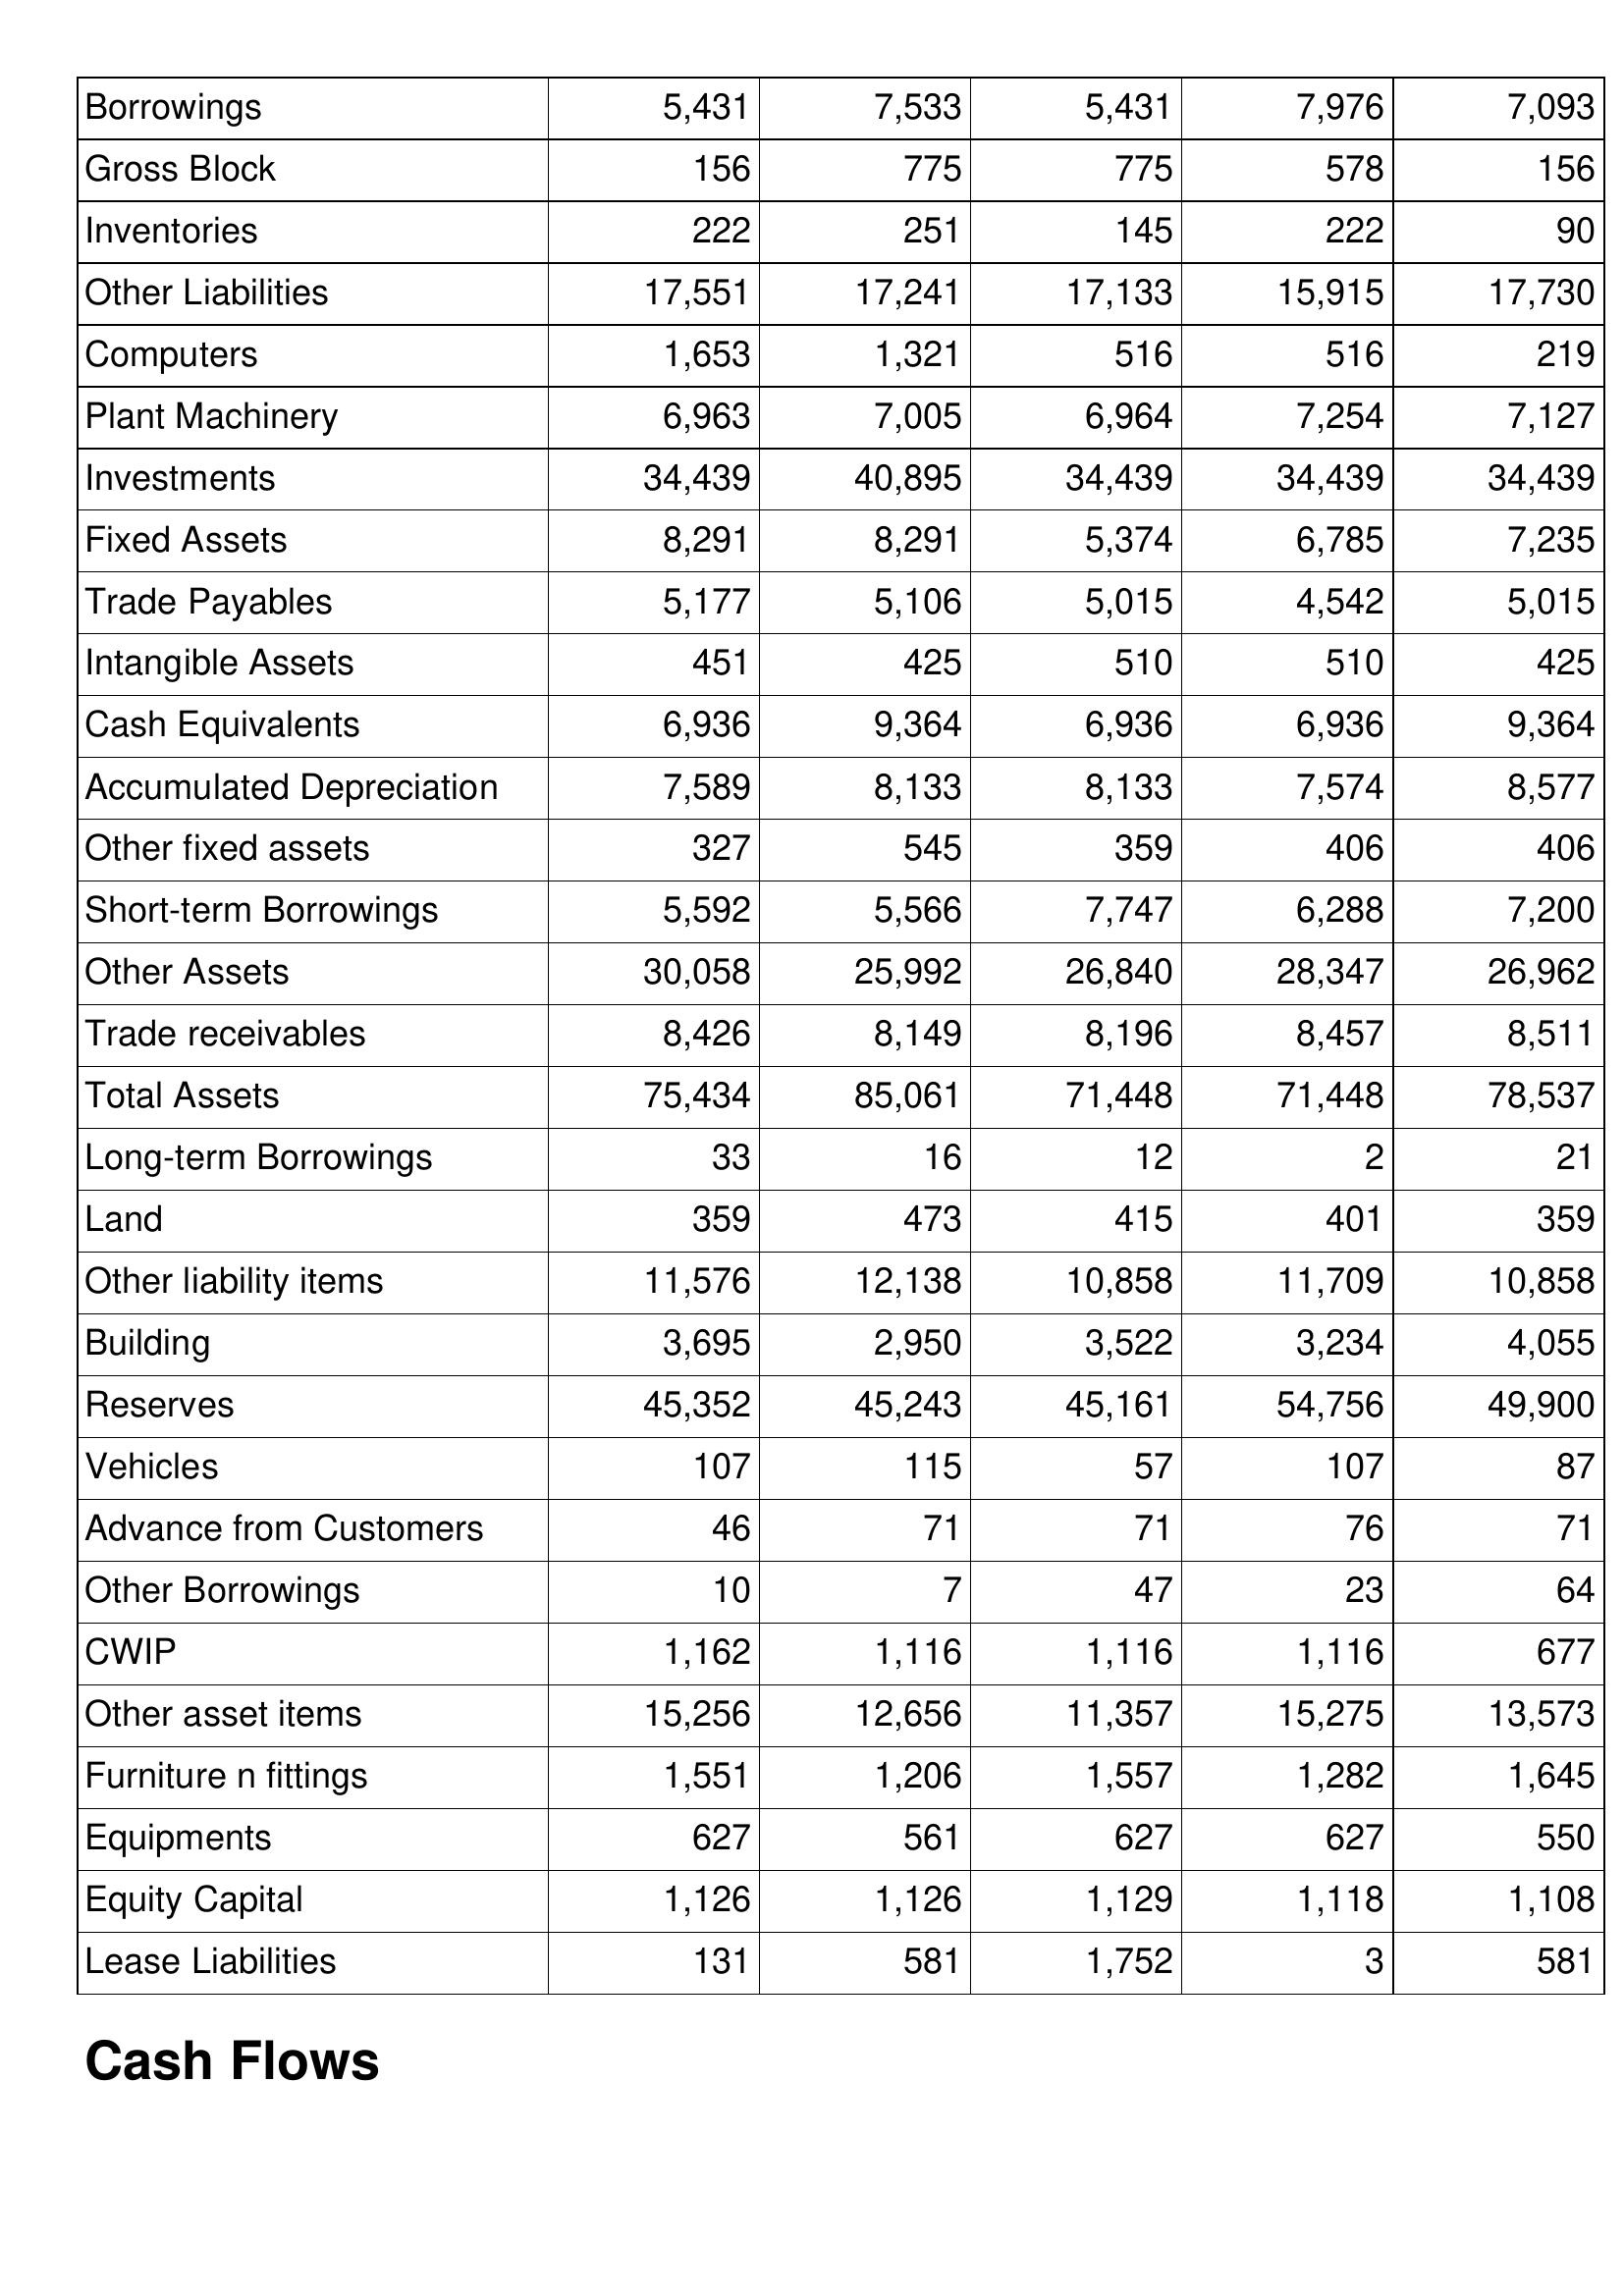
Feb-20: Balance Sheet: Borrowings: 5,431
Gross Block: 156
Inventories: 222
Other Liabilities: 17,551
Computers: 1,653
Plant Machinery: 6,963
Investments: 34,439
Fixed Assets: 8,291
Trade Payables: 5,177
Intangible Assets: 451
Cash Equivalents: 6,936
Accumulated Depreciation: 7,589
Other fixed assets: 327
Short-term Borrowings: 5,592
Other Assets: 30,058
Trade receivables: 8,426
Total Assets: 75,434
Long-term Borrowings: 33
Land: 359
Other liability items: 11,576
Building: 3,695
Reserves: 45,352
Vehicles: 107
Advance from Customers: 46
Other Borrowings: 10
CWIP: 1,162
Other asset items: 15,256
Furniture n fittings: 1,551
Equipments: 627
Equity Capital: 1,126
Lease Liabilities: 131
Feb-19: Balance Sheet: Borrowings: 7,533
Gross Block: 775
Inventories: 251
Other Liabilities: 17,241
Computers: 1,321
Plant Machinery: 7,005
Investments: 40,895
Fixed Assets: 8,291
Trade Payables: 5,106
Intangible Assets: 425
Cash Equivalents: 9,364
Accumulated Depreciation: 8,133
Other fixed assets: 545
Short-term Borrowings: 5,566
Other Assets: 25,992
Trade receivables: 8,149
Total Assets: 85,061
Long-term Borrowings: 16
Land: 473
Other liability items: 12,138
Building: 2,950
Reserves: 45,243
Vehicles: 115
Advance from Customers: 71
Other Borrowings: 7
CWIP: 1,116
Other asset items: 12,656
Furniture n fittings: 1,206
Equipments: 561
Equity Capital: 1,126
Lease Liabilities: 581
Feb-18: Balance Sheet: Borrowings: 5,431
Gross Block: 775
Inventories: 145
Other Liabilities: 17,133
Computers: 516
Plant Machinery: 6,964
Investments: 34,439
Fixed Assets: 5,374
Trade Payables: 5,015
Intangible Assets: 510
Cash Equivalents: 6,936
Accumulated Depreciation: 8,133
Other fixed assets: 359
Short-term Borrowings: 7,747
Other Assets: 26,840
Trade receivables: 8,196
Total Assets: 71,448
Long-term Borrowings: 12
Land: 415
Other liability items: 10,858
Building: 3,522
Reserves: 45,161
Vehicles: 57
Advance from Customers: 71
Other Borrowings: 47
CWIP: 1,116
Other asset items: 11,357
Furniture n fittings: 1,557
Equipments: 627
Equity Capital: 1,129
Lease Liabilities: 1,752
Feb-17: Balance Sheet: Borrowings: 7,976
Gross Block: 578
Inventories: 222
Other Liabilities: 15,915
Computers: 516
Plant Machinery: 7,254
Investments: 34,439
Fixed Assets: 6,785
Trade Payables: 4,542
Intangible Assets: 510
Cash Equivalents: 6,936
Accumulated Depreciation: 7,574
Other fixed assets: 406
Short-term Borrowings: 6,288
Other Assets: 28,347
Trade receivables: 8,457
Total Assets: 71,448
Long-term Borrowings: 2
Land: 401
Other liability items: 11,709
Building: 3,234
Reserves: 54,756
Vehicles: 107
Advance from Customers: 76
Other Borrowings: 23
CWIP: 1,116
Other asset items: 15,275
Furniture n fittings: 1,282
Equipments: 627
Equity Capital: 1,118
Lease Liabilities: 3
Feb-16: Balance Sheet: Borrowings: 7,093
Gross Block: 156
Inventories: 90
Other Liabilities: 17,730
Computers: 219
Plant Machinery: 7,127
Investments: 34,439
Fixed Assets: 7,235
Trade Payables: 5,015
Intangible Assets: 425
Cash Equivalents: 9,364
Accumulated Depreciation: 8,577
Other fixed assets: 406
Short-term Borrowings: 7,200
Other Assets: 26,962
Trade receivables: 8,511
Total Assets: 78,537
Long-term Borrowings: 21
Land: 359
Other liability items: 10,858
Building: 4,055
Reserves: 49,900
Vehicles: 87
Advance from Customers: 71
Other Borrowings: 64
CWIP: 677
Other asset items: 13,573
Furniture n fittings: 1,645
Equipments: 550
Equity Capital: 1,108
Lease Liabilities: 581